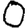
Digit: 0